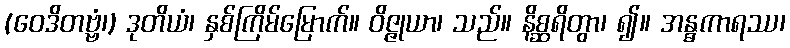
(ဝေဒိတဗ္ဗံ၊) ဒုတိယံ၊ နှစ်ကြိမ်မြောက်။ ဝိဇ္ဇုယာ၊ သည်။ နိစ္ဆရိတွာ၊ ၍။ အန္ဓကာရဿ၊